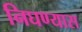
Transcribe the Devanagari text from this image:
निघण्यास